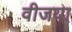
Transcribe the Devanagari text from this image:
वीजया